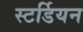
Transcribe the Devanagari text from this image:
स्टर्डियन